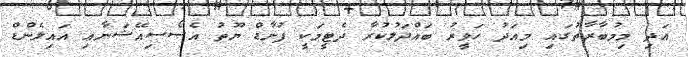
އަދި މިމުބާރާތުގައި މިއަދު ހަވީރު ބައްދަލުކުރާ ދެޓީމަކީ ފުނާޑް ޔޫތު އެސޯސިއޭޝަނާއި އައިލެންޑް